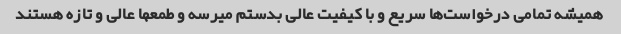
همیشه تمامی درخواست‌ها سریع و با کیفیت عالی بدستم میرسه و طمعها عالی و تازه هستند